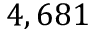
4 , 6 8 1